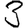
Digit: 3